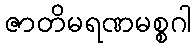
ဇာတိမရဏမစ္စဂါ